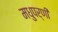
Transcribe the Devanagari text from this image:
मधुपर्णी